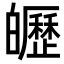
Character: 㿨